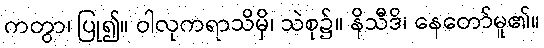
ကတွာ၊ ပြု၍။ ဝါလုကရာသိမှိ၊ သဲစု၌။ နိသီဒိ၊ နေတော်မူ၏။